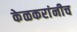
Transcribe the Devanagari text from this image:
केळकरांनीच